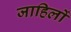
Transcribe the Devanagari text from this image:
जाहिलों